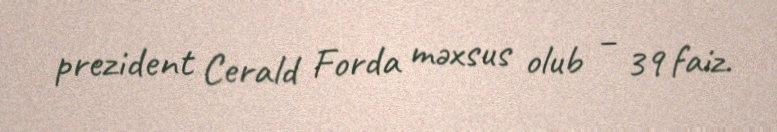
prezident Cerald Forda məxsus olub – 39 faiz.